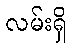
လမ်းရှိ